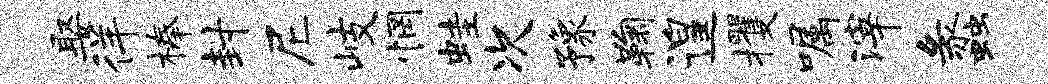
娶徉榛封尼岐惘蛙次豫鞠遑攫嘱滓蠡